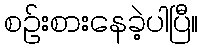
စဉ်းစားနေခဲ့ပါပြီ။